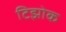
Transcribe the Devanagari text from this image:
टिझोक